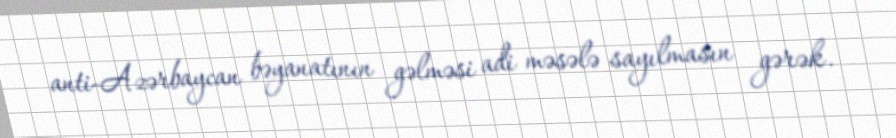
anti-Azərbaycan bəyanatının gəlməsi adi məsələ sayılmasın gərək.